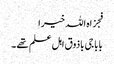
فجزاہ اللہ خیرا
بابا جی باذوق اہل علم تھے ۔